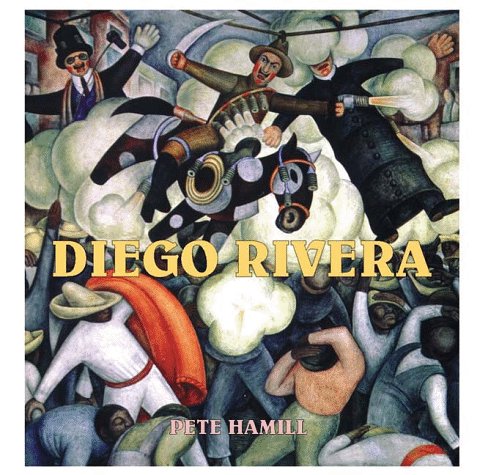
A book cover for Diego Rivera; Pete Hamill; Teen & Young Adult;